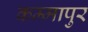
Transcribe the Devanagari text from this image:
कम्मापुर